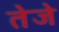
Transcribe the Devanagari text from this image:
तेजे